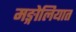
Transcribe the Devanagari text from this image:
मङ्गोलियात